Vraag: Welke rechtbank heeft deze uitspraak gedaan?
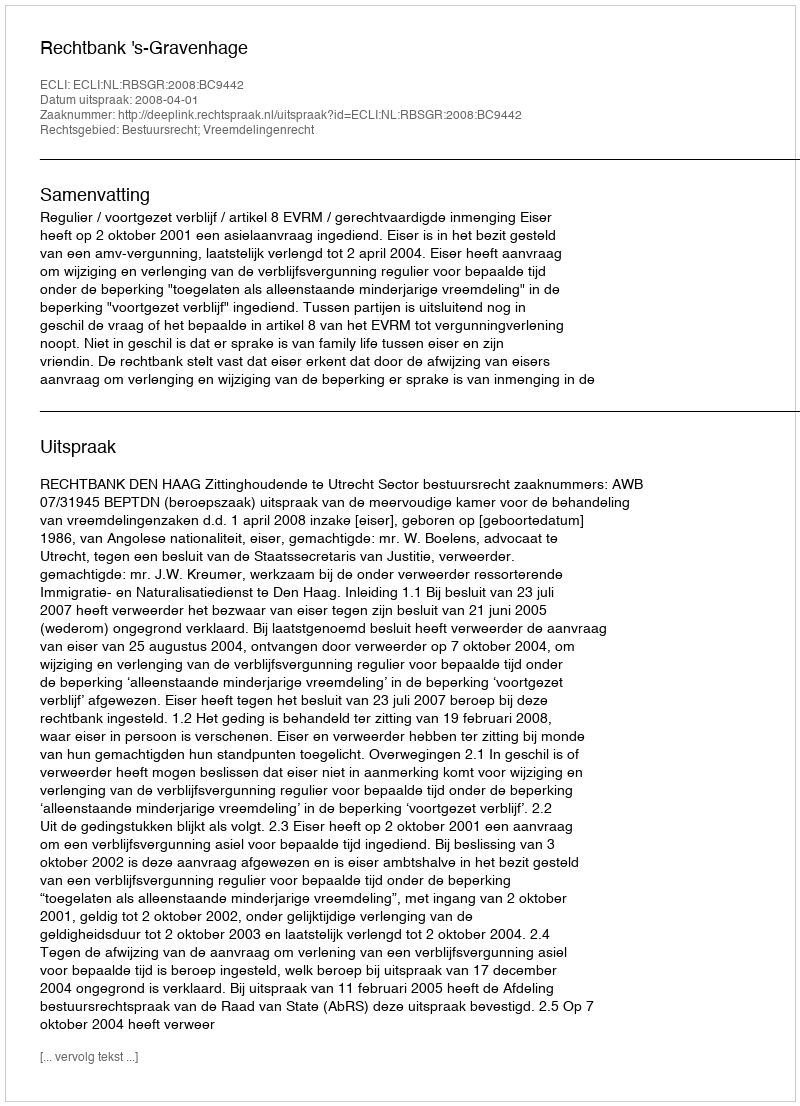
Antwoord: Rechtbank 's-Gravenhage